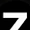
Digit: 7